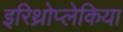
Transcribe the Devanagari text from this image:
इरिथ्रोप्लेकिया